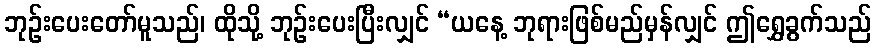
ဘုဉ်းပေးတော်မူသည်၊ ထိုသို့ ဘုဉ်းပေးပြီးလျှင် “ယနေ့ ဘုရားဖြစ်မည်မှန်လျှင် ဤရွှေခွက်သည်